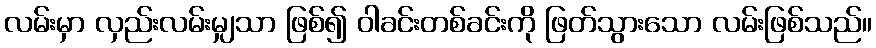
လမ်းမှာ လှည်းလမ်းမျှသာ ဖြစ်၍ ဝါခင်းတစ်ခင်းကို ဖြတ်သွားသော လမ်းဖြစ်သည်။